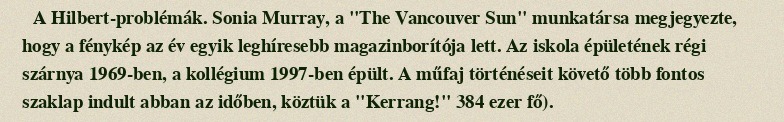
A Hilbert-problémák. Sonia Murray, a "The Vancouver Sun" munkatársa megjegyezte, hogy a fénykép az év egyik leghíresebb magazinborítója lett. Az iskola épületének régi szárnya 1969-ben, a kollégium 1997-ben épült. A műfaj történéseit követő több fontos szaklap indult abban az időben, köztük a "Kerrang!" 384 ezer fő).